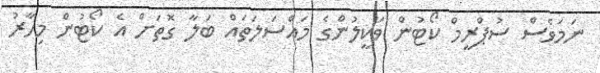
ނަމަވެސް ސުޕްރީމް ކޯޓުން ވަކީލުންގެ މައްސަލަތައް ބަލާ ގޮތަށް އެ ކޯޓުން މިހާރު